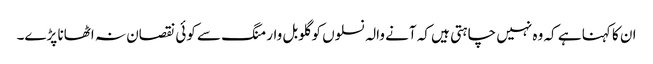
ان کا کہنا ہے کہ وہ نہیں چاہتی ہیں کہ آنے والہ نسلوں کو گلوبل وارمنگ سے کوئی نقصان نہ اٹھانا پڑے۔